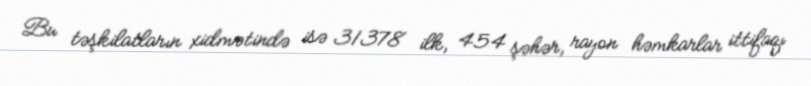
Bu təşkilatların xidmətində isə 31378 ilk, 454 şəhər, rayon həmkarlar ittifaqı